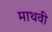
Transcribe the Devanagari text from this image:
माथवी